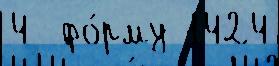
4  фо́рму 1424